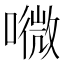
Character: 𡀎